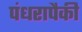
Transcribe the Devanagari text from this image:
पंधरापैकी